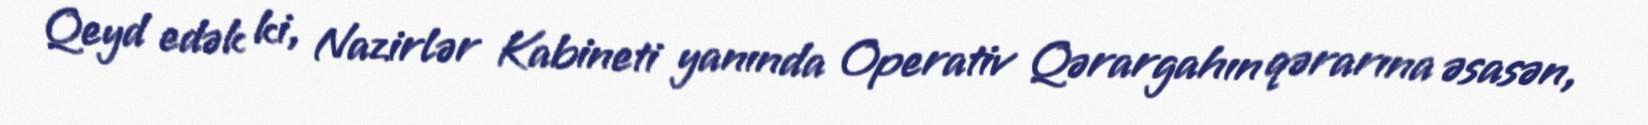
Qeyd edək ki, Nazirlər Kabineti yanında Operativ Qərargahın qərarına əsasən,